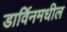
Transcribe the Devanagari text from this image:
डार्विनमधील